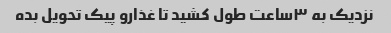
نزدیک به ۳ساعت طول کشید تا غذارو پیک تحویل بده